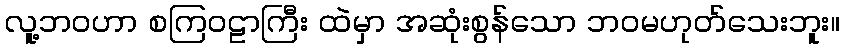
လူ့ဘဝဟာ စကြဝဠာကြီး ထဲမှာ အဆုံးစွန်သော ဘဝမဟုတ်သေးဘူး။